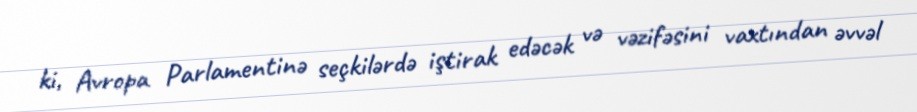
ki, Avropa Parlamentinə seçkilərdə iştirak edəcək və vəzifəsini vaxtından əvvəl